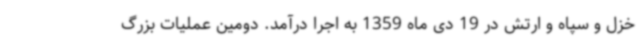
خزل و سپاه و ارتش در 19 دی ماه 1359 به اجرا درآمد. دومین عملیات بزرگ